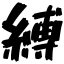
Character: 縛